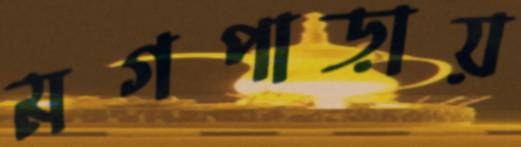
মগপাড়ায়